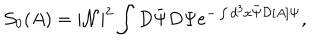
{ \mathcal S } _ { 0 } ( A ) = | { \mathcal N } | ^ { 2 } \int D \bar { \Psi } D \Psi e ^ { - \int d ^ { 3 } x \bar { \Psi } { \mathcal D } [ A ] \Psi } ,